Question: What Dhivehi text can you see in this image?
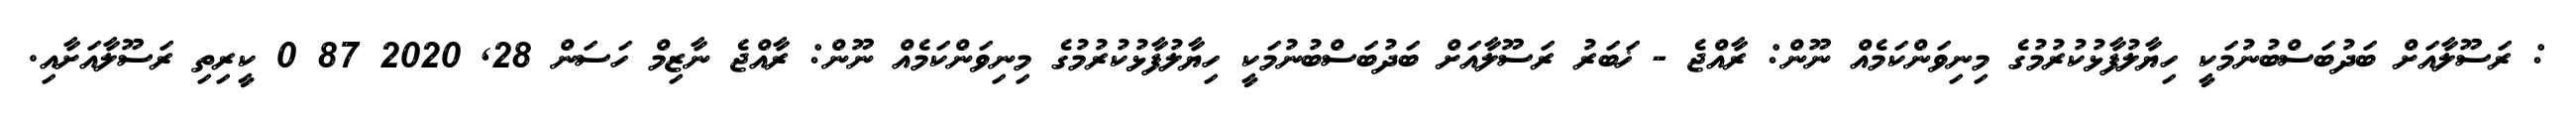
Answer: : ރަސޫލާއަށް ބަދުބަސްބުނުމަކީ ހިޔާލުފާޅުކުރުމުގެ މިނިވަންކަމެއް ނޫން: ރާއްޖެ - ޚަބަރު ރަސޫލާއަށް ބަދުބަސްބުނުމަކީ ހިޔާލުފާޅުކުރުމުގެ މިނިވަންކަމެއް ނޫން: ރާއްޖެ ނާޒިމް ހަސަން 28, 2020 87 0 ކީރިތި ރަސޫލާއަށާއި.